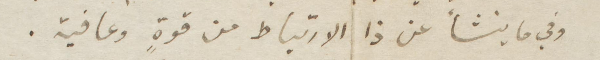
وفي ما ينشأ عن ذا الارتباط من قوة وعافية.